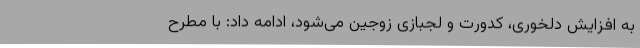
به افزایش دلخوری، کدورت و لجبازی زوجین می‌شود، ادامه داد: با مطرح